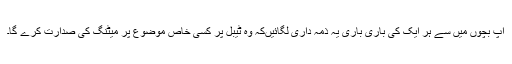
آپ بچوں میں سے ہر ایک کی باری باری یہ ذمہ داری لگائیںکہ وہ ٹیبل پر کسی خاص موضوع پر میٹنگ کی صدارت کرے گا۔